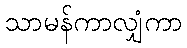
သာမန်ကာလျှံကာ